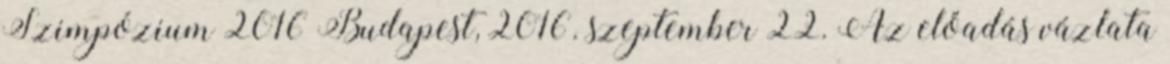
Szimpózium 2016 Budapest, 2016. szeptember 22. Az előadás vázlata